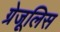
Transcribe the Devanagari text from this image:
ग्रेजूलिस